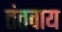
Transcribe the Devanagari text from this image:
तंतवाय